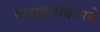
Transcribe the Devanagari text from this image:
परराष्ट्रसचिवाचे